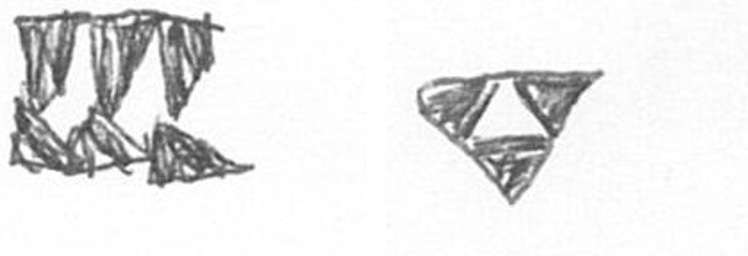
D S